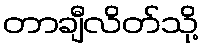
တာချီလိတ်သို့